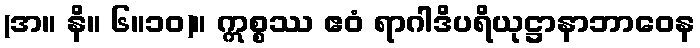
(အ။ နိ။ ၆။၁၀)။ ဣစ္စဿ ဧဝံ ရာဂါဒိပရိယုဋ္ဌာနာဘာဝေန